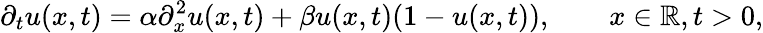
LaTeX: \partial_{t}u(x,t)=\alpha\partial_{x}^{2}u(x,t)+\beta u(x,t)(1-u(x,t)),\qquad x\in\mathbb{R},t>0,